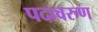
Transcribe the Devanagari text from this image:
पदावरुण